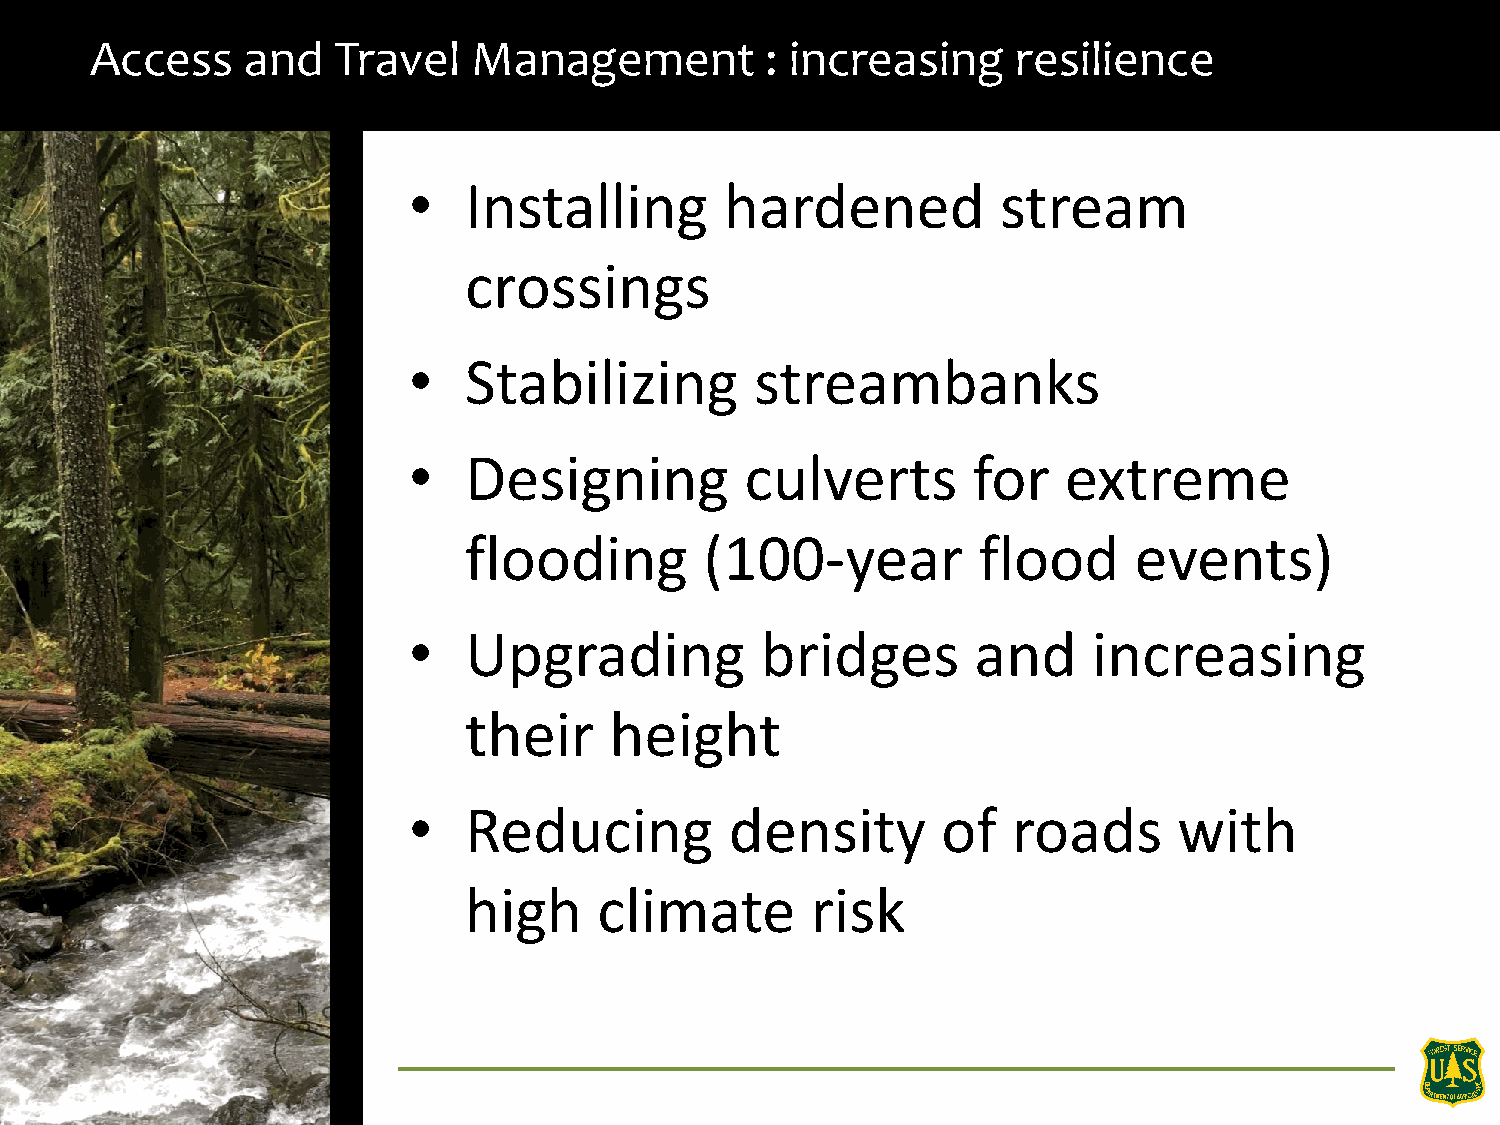
Access    and   Travel   Management          : increasing    resilience
 •   Installing       hardened          stream
 crossings
 •   Stabilizing        streambanks
 •   Designing         culverts       for    extreme
 flooding        (100-year         flood     events)
 •   Upgrading          bridges        and    increasing
 their    height
 •   Reducing         density       of   roads      with
 high     climate       risk